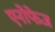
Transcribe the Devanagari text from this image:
एनोफेज